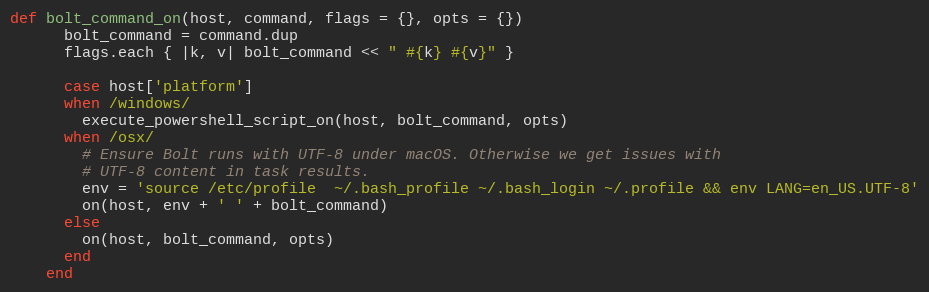
Language: Ruby
def bolt_command_on(host, command, flags = {}, opts = {})
      bolt_command = command.dup
      flags.each { |k, v| bolt_command << " #{k} #{v}" }

      case host['platform']
      when /windows/
        execute_powershell_script_on(host, bolt_command, opts)
      when /osx/
        # Ensure Bolt runs with UTF-8 under macOS. Otherwise we get issues with
        # UTF-8 content in task results.
        env = 'source /etc/profile  ~/.bash_profile ~/.bash_login ~/.profile && env LANG=en_US.UTF-8'
        on(host, env + ' ' + bolt_command)
      else
        on(host, bolt_command, opts)
      end
    end